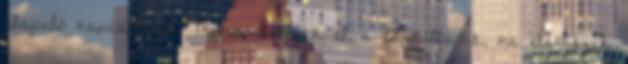
alapuló kapcsolatot. Mikor érkezik el a fordulópont, ha elérkezik